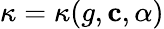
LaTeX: \kappa=\kappa(g,\mathbf{c},\alpha)